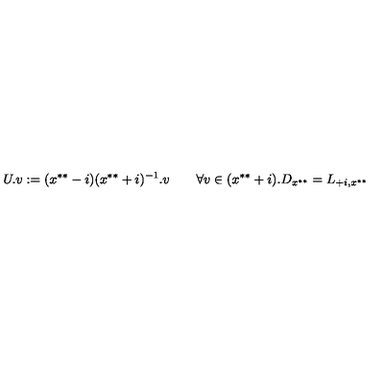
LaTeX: U . v : = ( x ^ { * * } - i ) ( x ^ { * * } + i ) ^ { - 1 } . v \qquad \forall v \in ( x ^ { * * } + i ) . D _ { x ^ { * * } } = L _ { + i , x ^ { * * } }